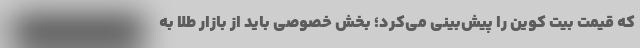
که قیمت بیت کوین را پیش‌بینی می‌کرد؛ بخش خصوصی باید از بازار طلا به